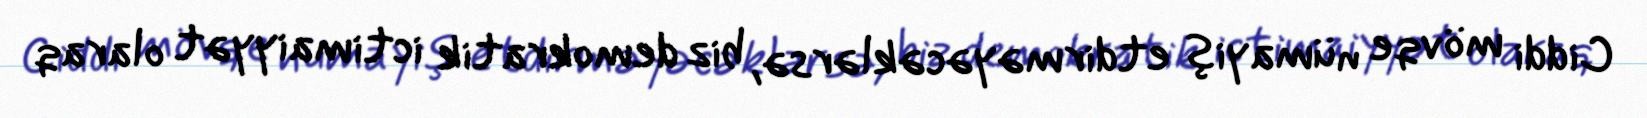
Ciddi mövqe nümayiş etdirməyəcəklərsə, biz demokratik ictimaiyyət olaraq